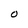
Character: O